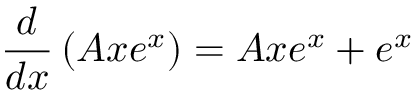
{ \frac { d } { d x } } \left( A x e ^ { x } \right) = A x e ^ { x } + e ^ { x }